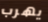
يهرب